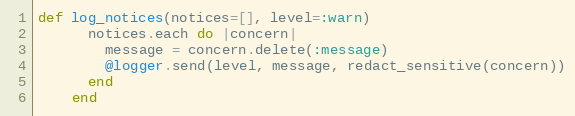
Language: Ruby
def log_notices(notices=[], level=:warn)
      notices.each do |concern|
        message = concern.delete(:message)
        @logger.send(level, message, redact_sensitive(concern))
      end
    end